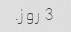
3 روز.